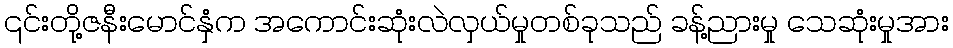
၎င်းတို့ဇနီးမောင်နှံက အကောင်းဆုံးလဲလှယ်မှုတစ်ခုသည် ခန့်ညားမှု သေဆုံးမှုအား